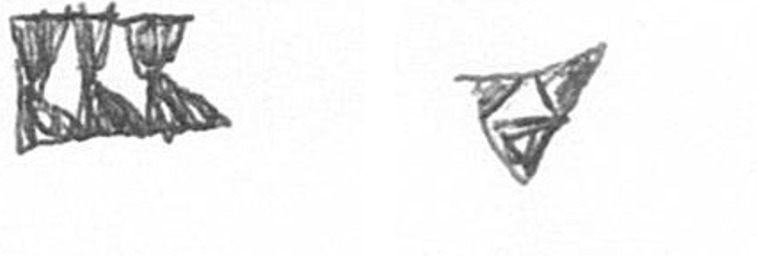
D S